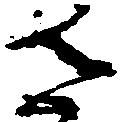
さ